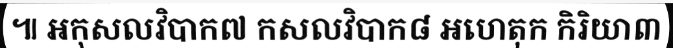
៕ អកុសលវិបាក៧ កសលវិបាក៨ អហេតុក កិរិយា៣